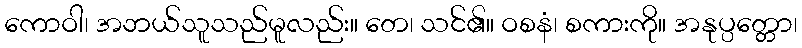
ကောဝါ၊ အဘယ်သူသည်မူလည်း။ တေ၊ သင်၏။ ဝစနံ၊ စကားကို။ အနုပ္ပတ္တော၊